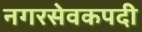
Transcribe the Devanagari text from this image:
नगरसेवकपदी